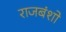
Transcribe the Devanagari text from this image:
राजबंशो